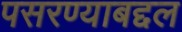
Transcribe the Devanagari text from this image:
पसरण्याबद्दल